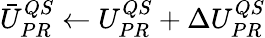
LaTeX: \begin{array}{r}{\bar{U}_{PR}^{QS}\leftarrow U_{PR}^{QS}+\Delta U_{PR}^{QS}}\end{array}